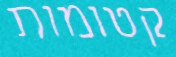
קטומות